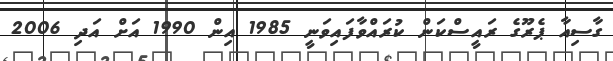
ގާސިއާ ޕެރޫގެ ރައީސްކަން ކުރައްވާފައިވަނީ 1985 އިން 1990 އަށް އަދި 2006